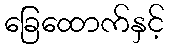
ခြေထောက်နှင့်